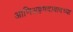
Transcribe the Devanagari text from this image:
आणिअहमदाबादच्या